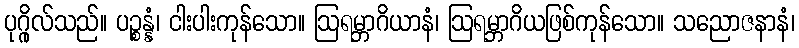
ပုဂ္ဂိုလ်သည်။ ပဉ္စန္နံ၊ ငါးပါးကုန်သော။ ဩရမ္ဘာဂိယာနံ၊ ဩရမ္ဘာဂိယဖြစ်ကုန်သော။ သညောဇနာနံ၊